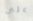
على